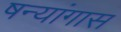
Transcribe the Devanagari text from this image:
षन्यांगास